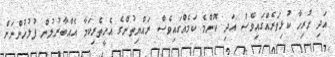
އަދި ހުރިހާ ކުޅިވަރެއްގައިވެސް އަދި ކޮންމެ ކަމެއްގައިވެސް ރައްޔިތުންގެ އެހީތެރިކަމާ އެއްބާރުލުން ފުލުހުންނަށް